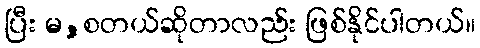
ပြီး မ,စတယ်ဆိုတာလည်း ဖြစ်နိုင်ပါတယ်။